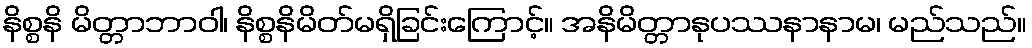
နိစ္စနိ မိတ္တာဘာဝါ၊ နိစ္စနိမိတ်မရှိခြင်းကြောင့်။ အနိမိတ္တာနုပဿနာနာမ၊ မည်သည်။